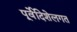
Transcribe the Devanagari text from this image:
पूर्वेदिशेलगत